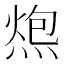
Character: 𰟂